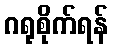
ဂရုစိုက်ရန်